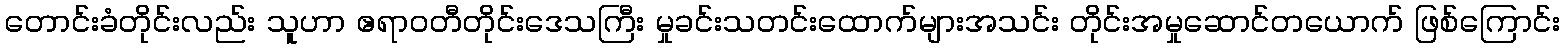
တောင်းခံတိုင်းလည်း သူဟာ ဧရာဝတီတိုင်းဒေသကြီး မှုခင်းသတင်းထောက်များအသင်း တိုင်းအမှုဆောင်တယောက် ဖြစ်ကြောင်း